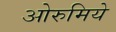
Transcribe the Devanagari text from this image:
ओरुमिये